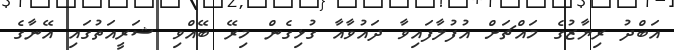
އަބްދު ރިޔާޒުގެ މައްޗަށް އުފުލާފައިވާ ދައުވާއާ ގުޅިގެން މިރޭ ބޭއްވި ޝަރީއަތުގައި އޭނާގެ